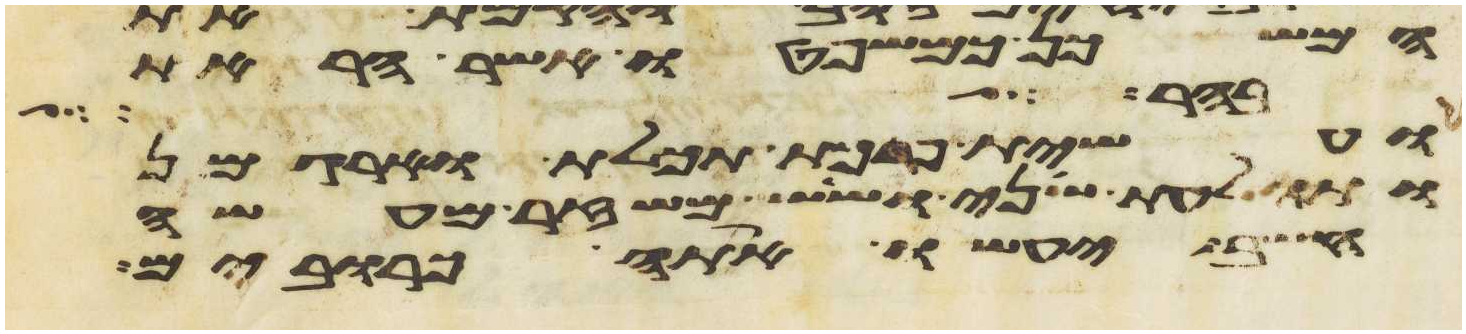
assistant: המשכן כמשפטו אשר הראת
אבה לשלחם
ועשית פרכת תכלת וארגמן
ותולעת שני ושש משזר מעשה
חשב יעשו אתה כרובים